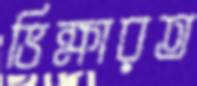
ভিক্ষারত